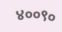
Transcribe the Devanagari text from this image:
४००९०